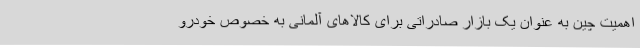
اهمیت چین به عنوان یک بازار صادراتی برای کالاهای آلمانی به خصوص خودرو